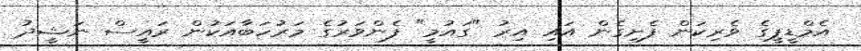
އެމްޑީޕީގެ ވެރިކަން ފެށިގެން އައި އިރު "ގައުމީ" ފެންވަރުގެ މަރުހަބާއަކުން ރައީސް ނަޝީދު